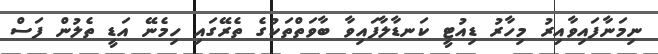
ނިމަނާފައިވާއިރު މިހާރު ޑިއުޓީ ކަނޑާލާފައިވާ ބާވަތްތަކުގެ ތެރޭގައި ހިމެނޭ އަޑީ ތެލުން ފަސް